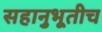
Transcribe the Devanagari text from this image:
सहानुभूतीच